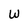
Character: W